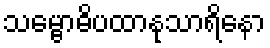
သမ္ဗောဓိပထာနုသာရိနော